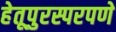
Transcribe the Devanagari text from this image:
हेतूपुरस्परपणे